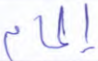
إلمام